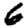
Digit: 6